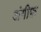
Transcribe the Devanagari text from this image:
अंगीफ़